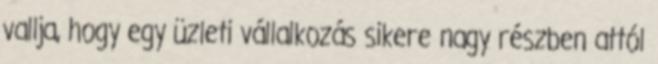
vallja, hogy egy üzleti vállalkozás sikere nagy részben attól